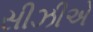
સીઝીએ